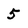
Character: 5